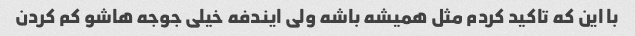
با این که تاکید کردم مثل همیشه باشه ولی ایندفه خیلی جوجه هاشو کم کردن